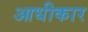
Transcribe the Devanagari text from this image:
आधीकार